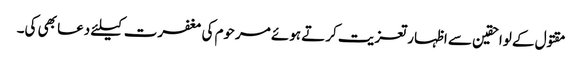
مقتول کے لواحقین سے اظہار تعزیت کرتے ہوئے مرحوم کی مغفرت کیلئے دعا بھی کی۔